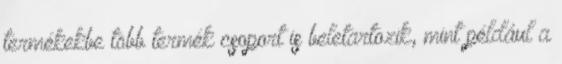
termékekbe több termék csoport is beletartozik, mint például a